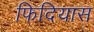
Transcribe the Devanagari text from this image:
फिदियास